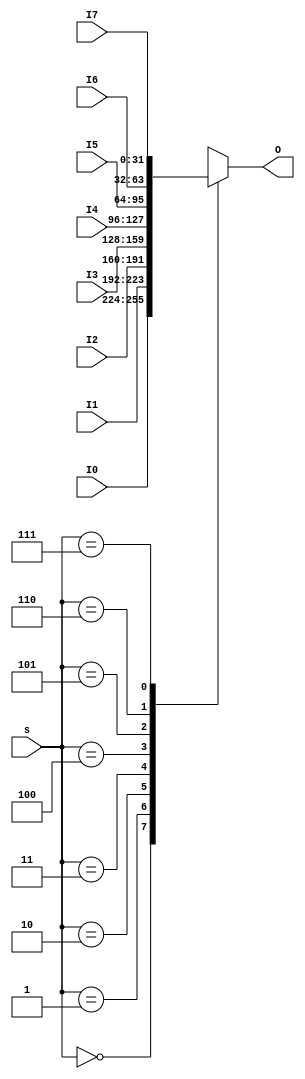
`timescale 1ns / 1ps
//////////////////////////////////////////////////////////////////////////////////
// Company: 
// Engineer: 
// 
// Design Name: 
// Module Name:    MUX8T1_32 
// Project Name: 
// Target Devices: 
// Tool versions: 
// Description: 
//
// Dependencies: 
//
// Revision: 
// Revision 0.01 - File Created
// Additional Comments: 
//
//////////////////////////////////////////////////////////////////////////////////
module MUX8T1_32(input [31:0] I0,
					  input [31:0] I1,
					  input [31:0] I2,
					  input [31:0] I3,
					  input [31:0] I4,
					  input [31:0] I5,
					  input [31:0] I6,
					  input [31:0] I7,
					  input [2:0] s,
					  output reg [31:0] O
    );

always@(s or I0 or I1 or I2 or I3 or I4 or I5 or I6 or I7)
	begin
		case(s)
		3'b000:O = I0;
		3'b001:O = I1;
		3'b010:O = I2;
		3'b011:O = I3;
		3'b100:O = I4;
		3'b101:O = I5;
		3'b110:O = I6;
		3'b111:O = I7;
		endcase
	end

endmodule